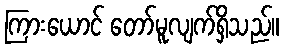
ကြားယောင် တော်မူလျက်ရှိသည်။